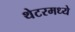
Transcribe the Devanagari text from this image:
थेटरमध्ये